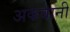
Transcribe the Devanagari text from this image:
अकबानी